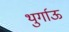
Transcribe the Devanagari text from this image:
थुर्गाऊ